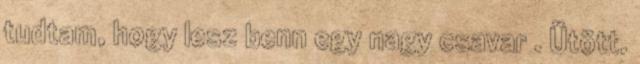
tudtam, hogy lesz benn egy nagy csavar . Ütött.